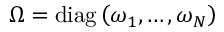
\boldsymbol { \Omega } = \operatorname { d i a g } \left( \omega _ { 1 } , \ldots , \omega _ { N } \right)